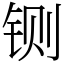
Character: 铡